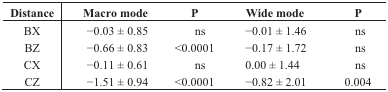
<table><thead><tr><td><b>Distance</b></td><td><b>Macro mode</b></td><td><b>P</b></td><td><b>Wide mode</b></td><td><b>P</b></td></tr></thead><tbody><tr><td>BX</td><td>−0.03 ± 0.85</td><td>ns</td><td>−0.01 ± 1.46</td><td>ns</td></tr><tr><td>BZ</td><td>−0.66 ± 0.83</td><td>&lt;0.0001</td><td>−0.17 ± 1.72</td><td>ns</td></tr><tr><td>CX</td><td>−0.11 ± 0.61</td><td>ns</td><td>0.00 ± 1.44</td><td>ns</td></tr><tr><td>CZ</td><td>−1.51 ± 0.94</td><td>&lt;0.0001</td><td>−0.82 ± 2.01</td><td>0.004</td></tr></tbody></table>